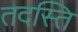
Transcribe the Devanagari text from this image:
तदस्ति